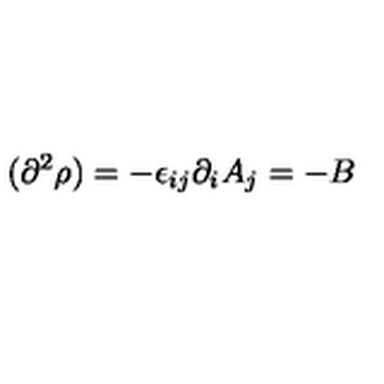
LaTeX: ( \partial ^ { 2 } \rho ) = - \epsilon _ { i j } \partial _ { i } A _ { j } = - B